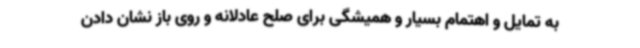
به تمایل و اهتمام بسیار و همیشگی برای صلح عادلانه و روی باز نشان دادن